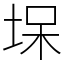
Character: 㙅